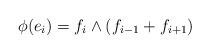
LaTeX: \begin{align*} \phi(e_i) = f_i \wedge (f_{i-1} + f_{i+1})\end{align*}